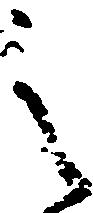
之